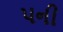
પની